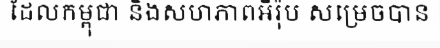
ដែលកម្ពុជា និងសហភាពអឺរ៉ុប សម្រេចបាន